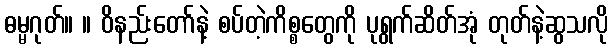
ဓမ္မဂုတ်။ ။ ဝိနည်းတော်နဲ့ စပ်တဲ့ကိစ္စတွေကို ပုရွက်ဆိတ်အုံ တုတ်နဲ့ဆွသလို